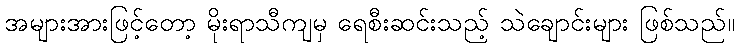
အများအားဖြင့်တော့ မိုးရာသီကျမှ ရေစီးဆင်းသည့် သဲချောင်းများ ဖြစ်သည်။